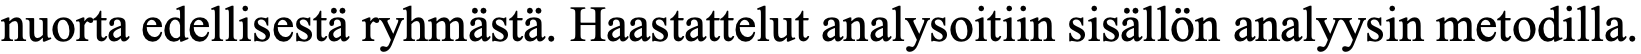
nuorta edellisestä ryhmästä. Haastattelut analysoitiin sisällön analyysin metodilla.